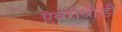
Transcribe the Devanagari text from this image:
एवरीबोडी